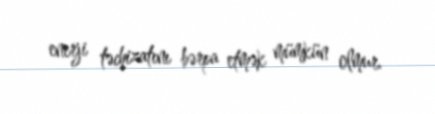
enerji təchizatını bərpa etmək mümkün olmur.